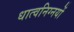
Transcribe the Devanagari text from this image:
धात्वनिग्नयों